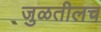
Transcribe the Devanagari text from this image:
जुळतीलच